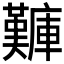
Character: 𪪫